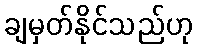
ချမှတ်နိုင်သည်ဟု